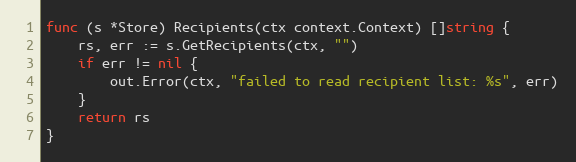
Language: Go
func (s *Store) Recipients(ctx context.Context) []string {
	rs, err := s.GetRecipients(ctx, "")
	if err != nil {
		out.Error(ctx, "failed to read recipient list: %s", err)
	}
	return rs
}